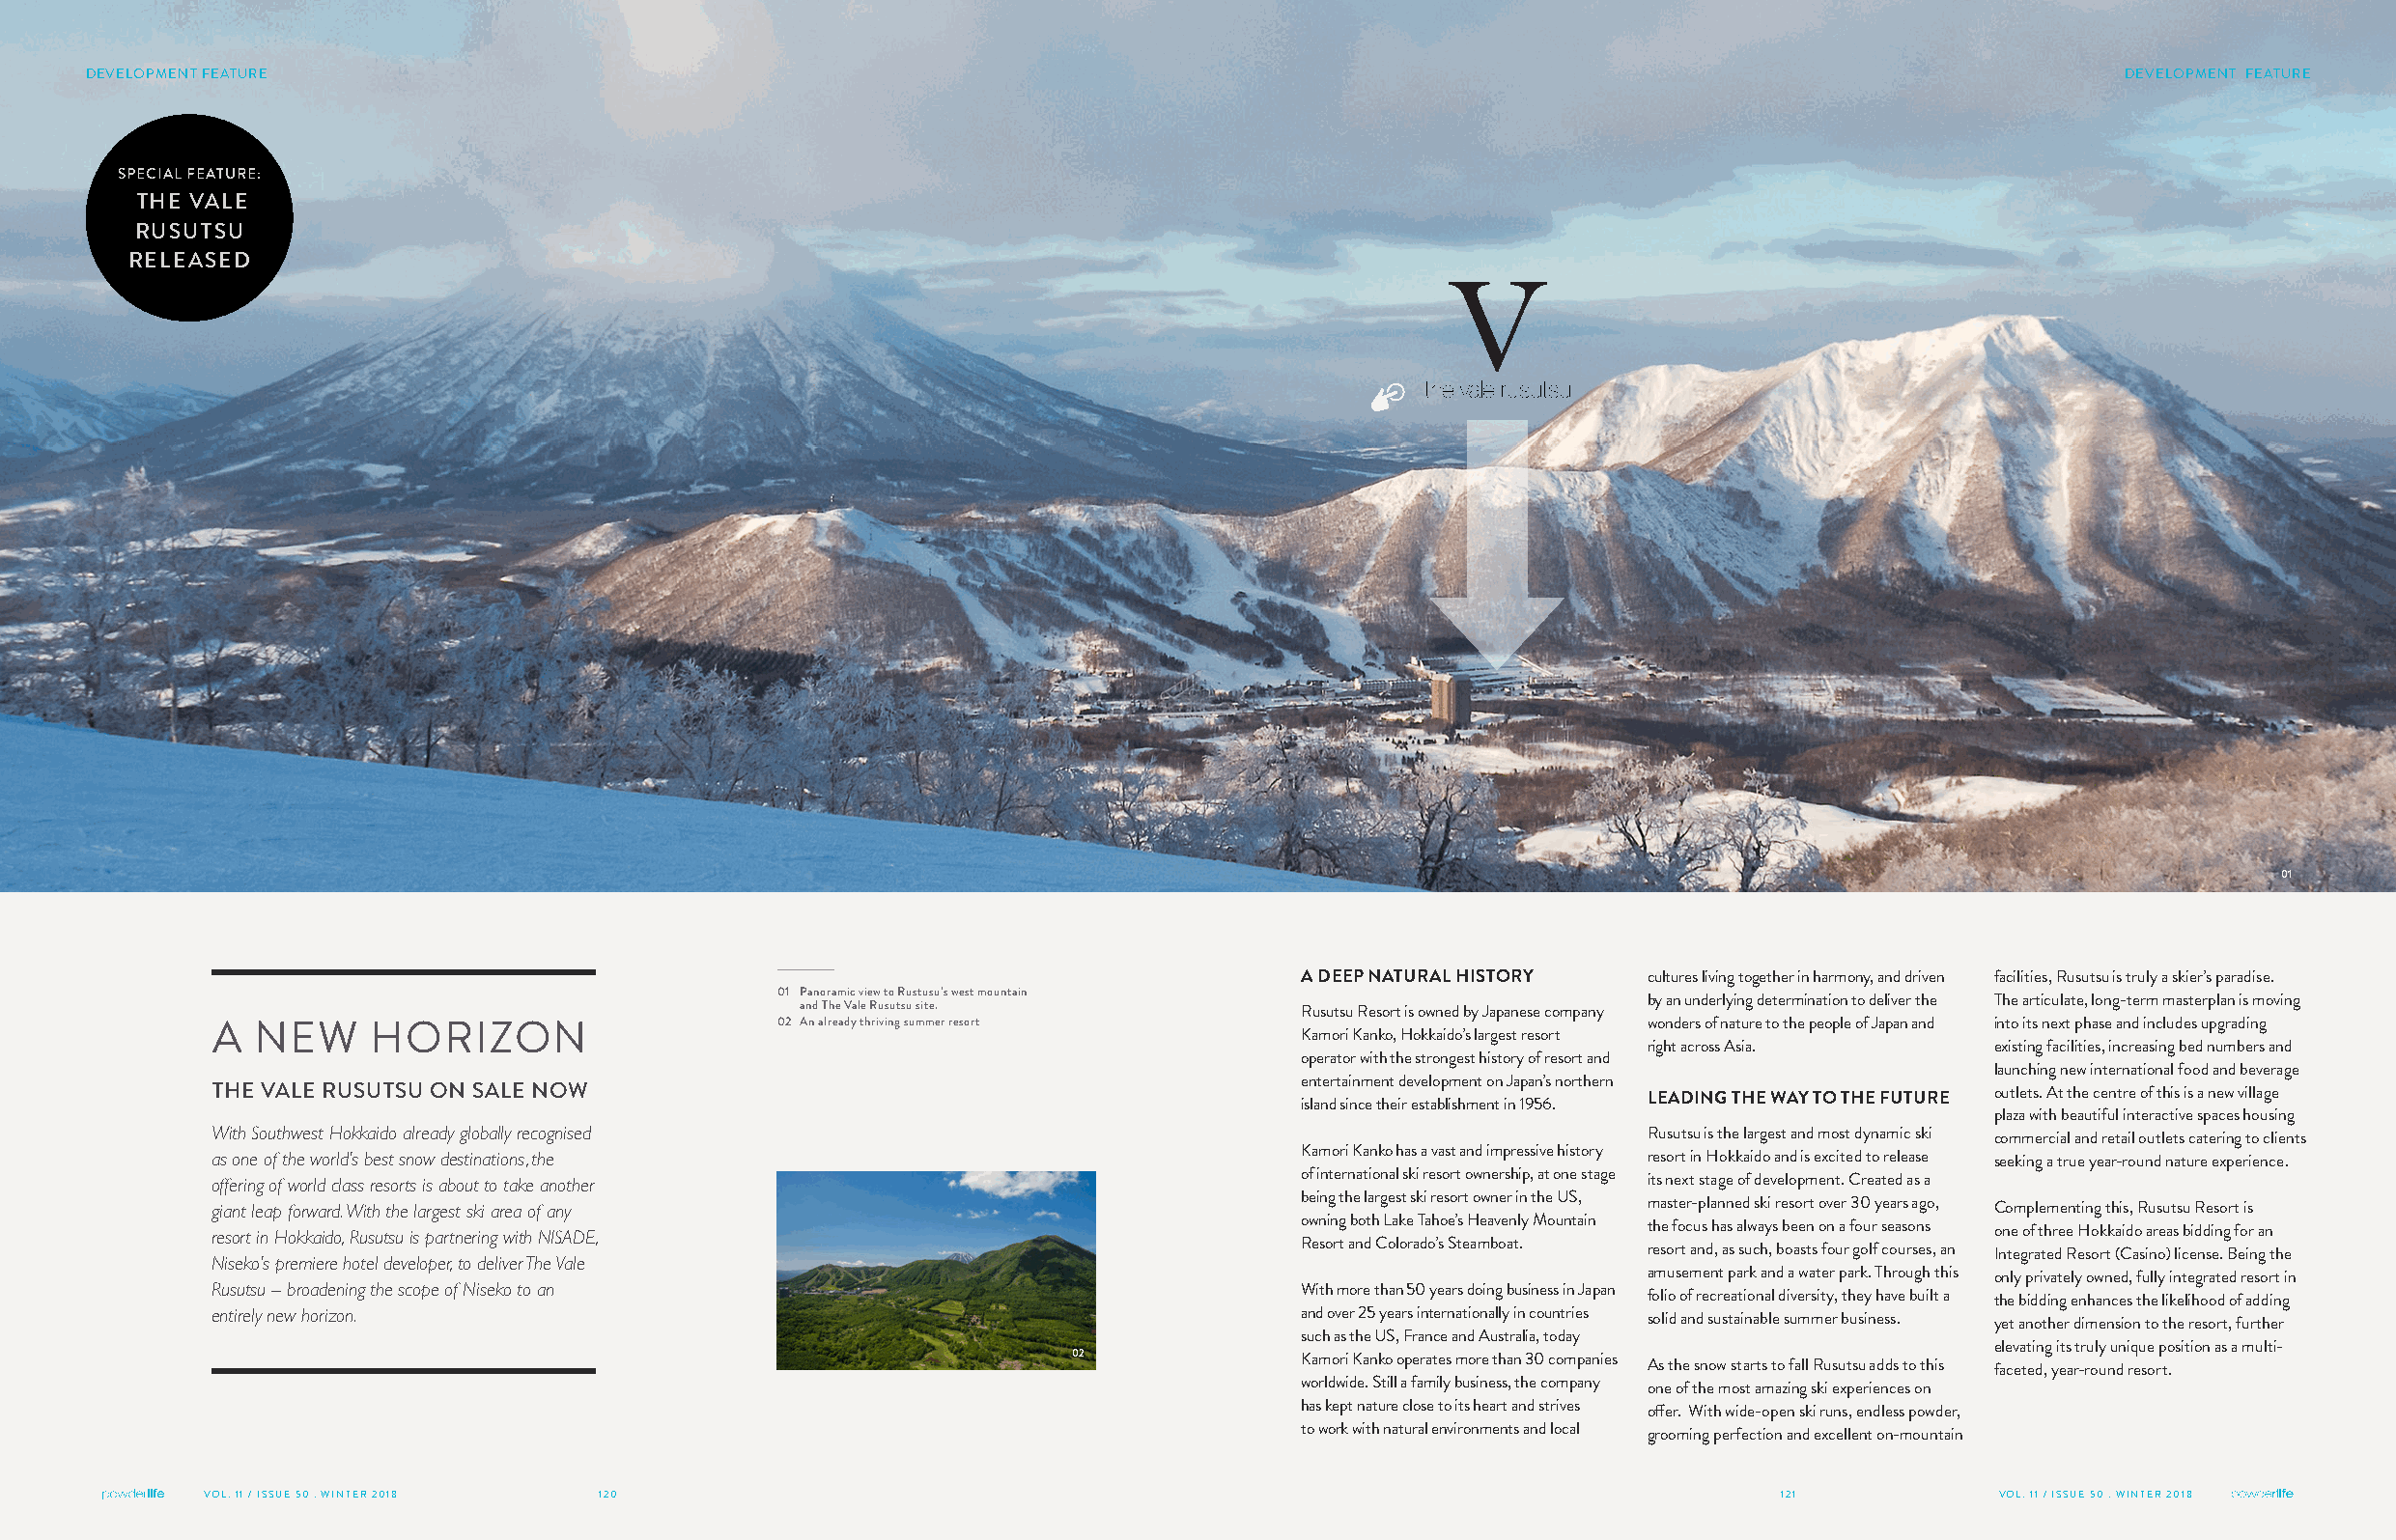
DEVELOPMENT FEATURE                                                                                                                         DEVELOPMENT FEATURE
 SPECIAL FEATURE:
 THE VALE
 RUSUTSU
 RELEASED
 01
 A DEEP NATURAL HISTORY  cultures living together in harmony, and driven facilities, Rusutsu is truly a skier’s paradise.
 01 Panoramic view to Rustusu’s west mountain
 by an underlying determination to deliver the The articulate, long-term masterplan is moving
 and The Vale Rusutsu site.        Rusutsu Resort is owned by Japanese company
 02 An already thriving summer resort                        wonders of nature to the people of Japan and into its next phase and includes upgrading
 A NEW     HORIZON                                                         Kamori Kanko, Hokkaido’s largest resort
 right across Asia.      existing facilities, increasing bed numbers and
 operator with the strongest history of resort and
 launching new international food and beverage
 entertainment development on Japan’s northern
 THE VALE RUSUTSU ON SALE NOW                                                                                              outlets. At the centre of this is a new village
 island since their establishment in 1956. LEADING THE WAY TO THE FUTURE
 plaza with beautiful interactive spaces housing
 With Southwest Hokkaido already globally recognised                                               Rusutsu is the largest and most dynamic ski commercial and retail outlets catering to clients
 as one of the world’s best snow destinations, the                         Kamori Kanko has a vast and impressive history resort in Hokkaido and is excited to release seeking a true year-round nature experience.
 offering of world class resorts is about to take another                  of international ski resort ownership, at one stage its next stage of development. Created as a
 giant leap forward. With the largest ski area of any                      being the largest ski resort owner in the US, master-planned ski resort over 30 years ago, Complementing this, Rusutsu Resort is
 resort in Hokkaido, Rusutsu is partnering with NISADE,                    owning both Lake Tahoe’s Heavenly Mountain the focus has always been on a four seasons one of three Hokkaido areas bidding for an
 Resort and Colorado’s Steamboat. resort and, as such, boasts four golf courses, an Integrated Resort (Casino) license. Being the
 Niseko’s premiere hotel developer, to deliver The Vale
 amusement park and a water park. Through this only privately owned, fully integrated resort in
 Rusutsu – broadening the scope of Niseko to an                            With more than 50 years doing business in Japan folio of recreational diversity, they have built a the bidding enhances the likelihood of adding
 entirely new horizon.                                                     and over 25 years internationally in countries solid and sustainable summer business. yet another dimension to the resort, further
 such as the US, France and Australia, today
 elevating its truly unique position as a multi-
 02              Kamori Kanko operates more than 30 companies As the snow starts to fall Rusutsu adds to this faceted, year-round resort.
 worldwide. Still a family business, the company one of the most amazing ski experiences on
 has kept nature close to its heart and strives offer. With wide-open ski runs, endless powder,
 to work with natural environments and local grooming perfection and excellent on-mountain
 VOL. 11 / ISSUE 50 . WINTER 2018 120                                                                        121            VOL. 11 / ISSUE 50 . WINTER 2018